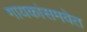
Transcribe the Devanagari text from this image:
गायकांसमवेत